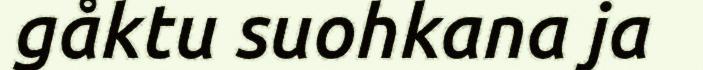
gåktu suohkana ja